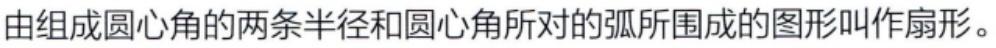
由组成圆心角的两条半径和圆心角所对的弧所围成的图形叫作扇形。